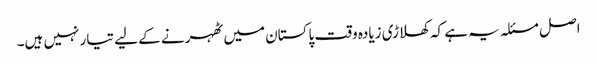
اصل مسئلہ یہ ہے کہ کھلاڑی زیادہ وقت پاکستان میں ٹھہرنے کے لیے تیار نہیں ہیں۔